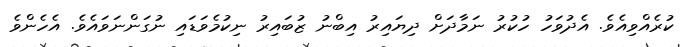
ކުރެއްވިއެވެ. އެދުވަހު ހުކުރު ނަމާދަށް ދިޔައިރު އިބްނު ޒުބައިރު ނިކުމެވަޑައި ނުގަންނަވައެވެ. އެހެންވެ